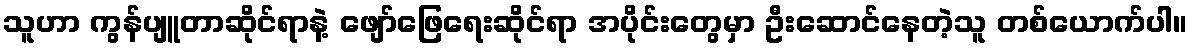
သူဟာ ကွန်ပျူတာဆိုင်ရာနဲ့ ဖျော်ဖြေရေးဆိုင်ရာ အပိုင်းတွေမှာ ဦးဆောင်နေတဲ့သူ တစ်ယောက်ပါ။